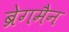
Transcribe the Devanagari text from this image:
ब्रेगमैन